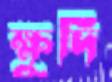
ক্ষুদি